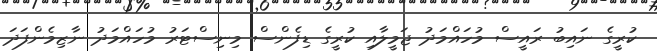
ކުރީގެ ނައިބު ރައީސް މުހައްމަދު ޖަމީލާއި ކުރީގެ ޑިފެންސް މިނިސްޓަރު މުހައްމަދު ނާޒިމެންފަދަ